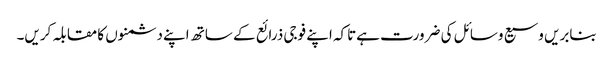
بنابریں وسیع وسائل کی ضرورت ہےتاکہ اپنے فوجی ذرائع کے ساتھ اپنے دشمنوں کا مقابلہ کریں۔